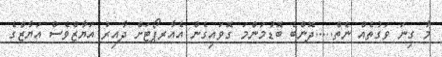
މާ ގިނަ ވަގުތެއް ނެތް.....ދޮންބެ ބޮޑުމަންމަ ގޮވައިގެން އެއާރޕޯޓަށް ދާއިރު އަޔާޒްވެސް އަޔާޒްގެ